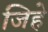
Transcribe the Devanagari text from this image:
जिहे